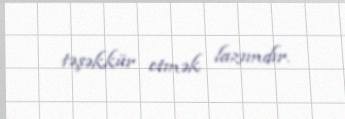
təşəkkür etmək lazımdır.